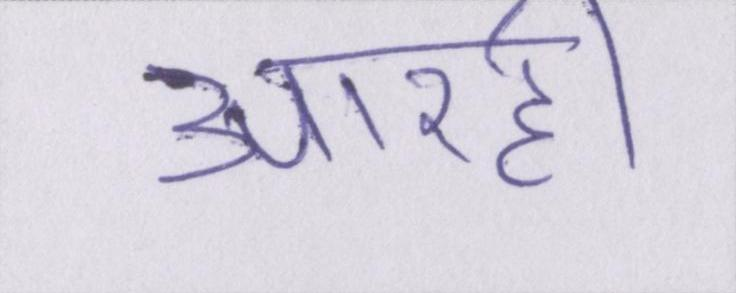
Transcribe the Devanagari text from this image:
आरही